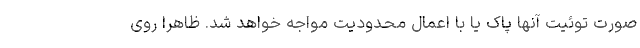
صورت توئیت آنها پاک یا با اعمال محدودیت مواجه خواهد شد. ظاهراً روی